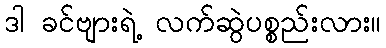
ဒါ ခင်ဗျားရဲ့ လက်ဆွဲပစ္စည်းလား။